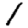
Digit: 1